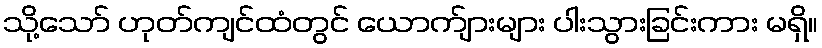
သို့သော် ဟုတ်ကျင်ထံတွင် ယောက်ျားများ ပါးသွားခြင်းကား မရှိ။